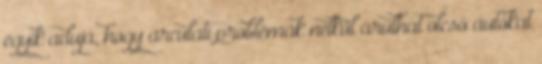
egyik aduja, hogy arculati problémák nélkül árulhat olcsó autókat